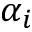
\alpha _ { i }